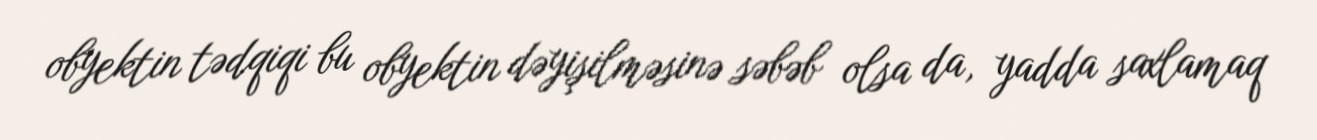
obyektin tədqiqi bu obyektin dəyişilməsinə səbəb olsa da, yadda saxlamaq